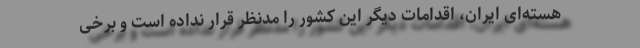
هسته‌ای ایران، اقدامات دیگر این کشور را مدنظر قرار نداده است و برخی